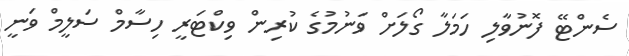
ސެންޓޭ ފޮނުވާލި ހަމަލާ ގޯލަށް ވަނުމުގެ ކުރިން ވިކްޓަރީ ހިސާމް ސަލީމް ވަނީ